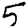
Digit: 5